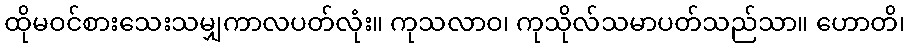
ထိုမဝင်စားသေးသမျှကာလပတ်လုံး။ ကုသလာဝ၊ ကုသိုလ်သမာပတ်သည်သာ။ ဟောတိ၊